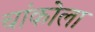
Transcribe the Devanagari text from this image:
चांकोला